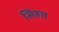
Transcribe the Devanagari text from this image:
सिहत